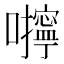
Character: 𰉆